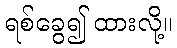
ရစ်ခွေ၍ ထားလို့။